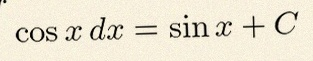
\int \cos x\,dx=\sin x+C